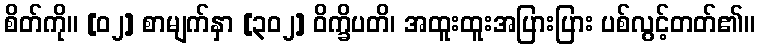
စိတ်ကို။ [၀၂] စာမျက်နှာ [၃၀၂] ဝိက္ခိပတိ၊ အထူးထူးအပြားပြား ပစ်လွင့်တတ်၏။